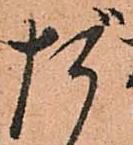
だ